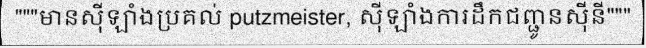
"""មានស៊ីឡាំងប្រគល់ putzmeister, ស៊ីឡាំងការដឹកជញ្ជូនស៊ីនី"""